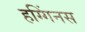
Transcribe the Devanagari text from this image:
हग्गिंनस